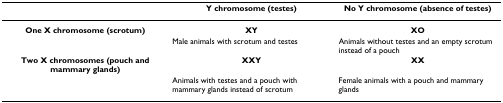
<table><thead><tr><td></td><td><b>Y chromosome (testes)</b></td><td><b>No Y chromosome (absence of testes)</b></td></tr></thead><tbody><tr><td><b>One X chromosome (scrotum)</b></td><td><b>XY</b></td><td><b>XO</b></td></tr><tr><td></td><td>Male animals with scrotum and testes</td><td>Animals without testes and an empty scrotum instead of a pouch</td></tr><tr><td><b>Two X chromosomes (pouch and mammary glands)</b></td><td><b>XXY</b></td><td><b>XX</b></td></tr><tr><td></td><td>Animals with testes and a pouch with mammary glands instead of scrotum</td><td>Female animals with a pouch and mammary glands</td></tr></tbody></table>